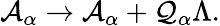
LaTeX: \mathcal{A}_{\alpha}\rightarrow\mathcal{A}_{\alpha}+\mathcal{Q}_{\alpha}\Lambda.